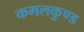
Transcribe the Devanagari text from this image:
कमलकुण्ड